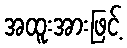
အထူးအားဖြင့်